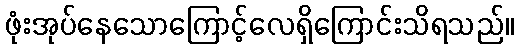
ဖုံးအုပ်နေသောကြောင့်လေရှိကြောင်းသိရသည်။